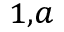
^ { 1 , a }